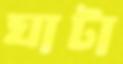
ঘাটা